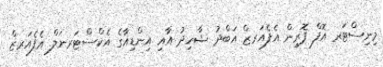
މިނިސްޓަރ އޮފް ފޮރިން އެފެއަރޒް އަބްދު ޝާހިދު އާއި އިންޑިއާގެ އެކްސްޓަރނަލް އެފެއަރޒް